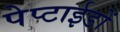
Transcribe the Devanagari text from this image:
पेप्टाईडों